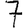
Digit: 7